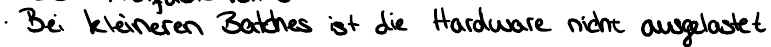
Bei kleineren Batches ist die Hardware nicht ausgelastet